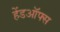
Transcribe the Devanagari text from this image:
हेंडऑफ्स